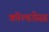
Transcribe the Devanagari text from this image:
कोल्डप्रेस्ड